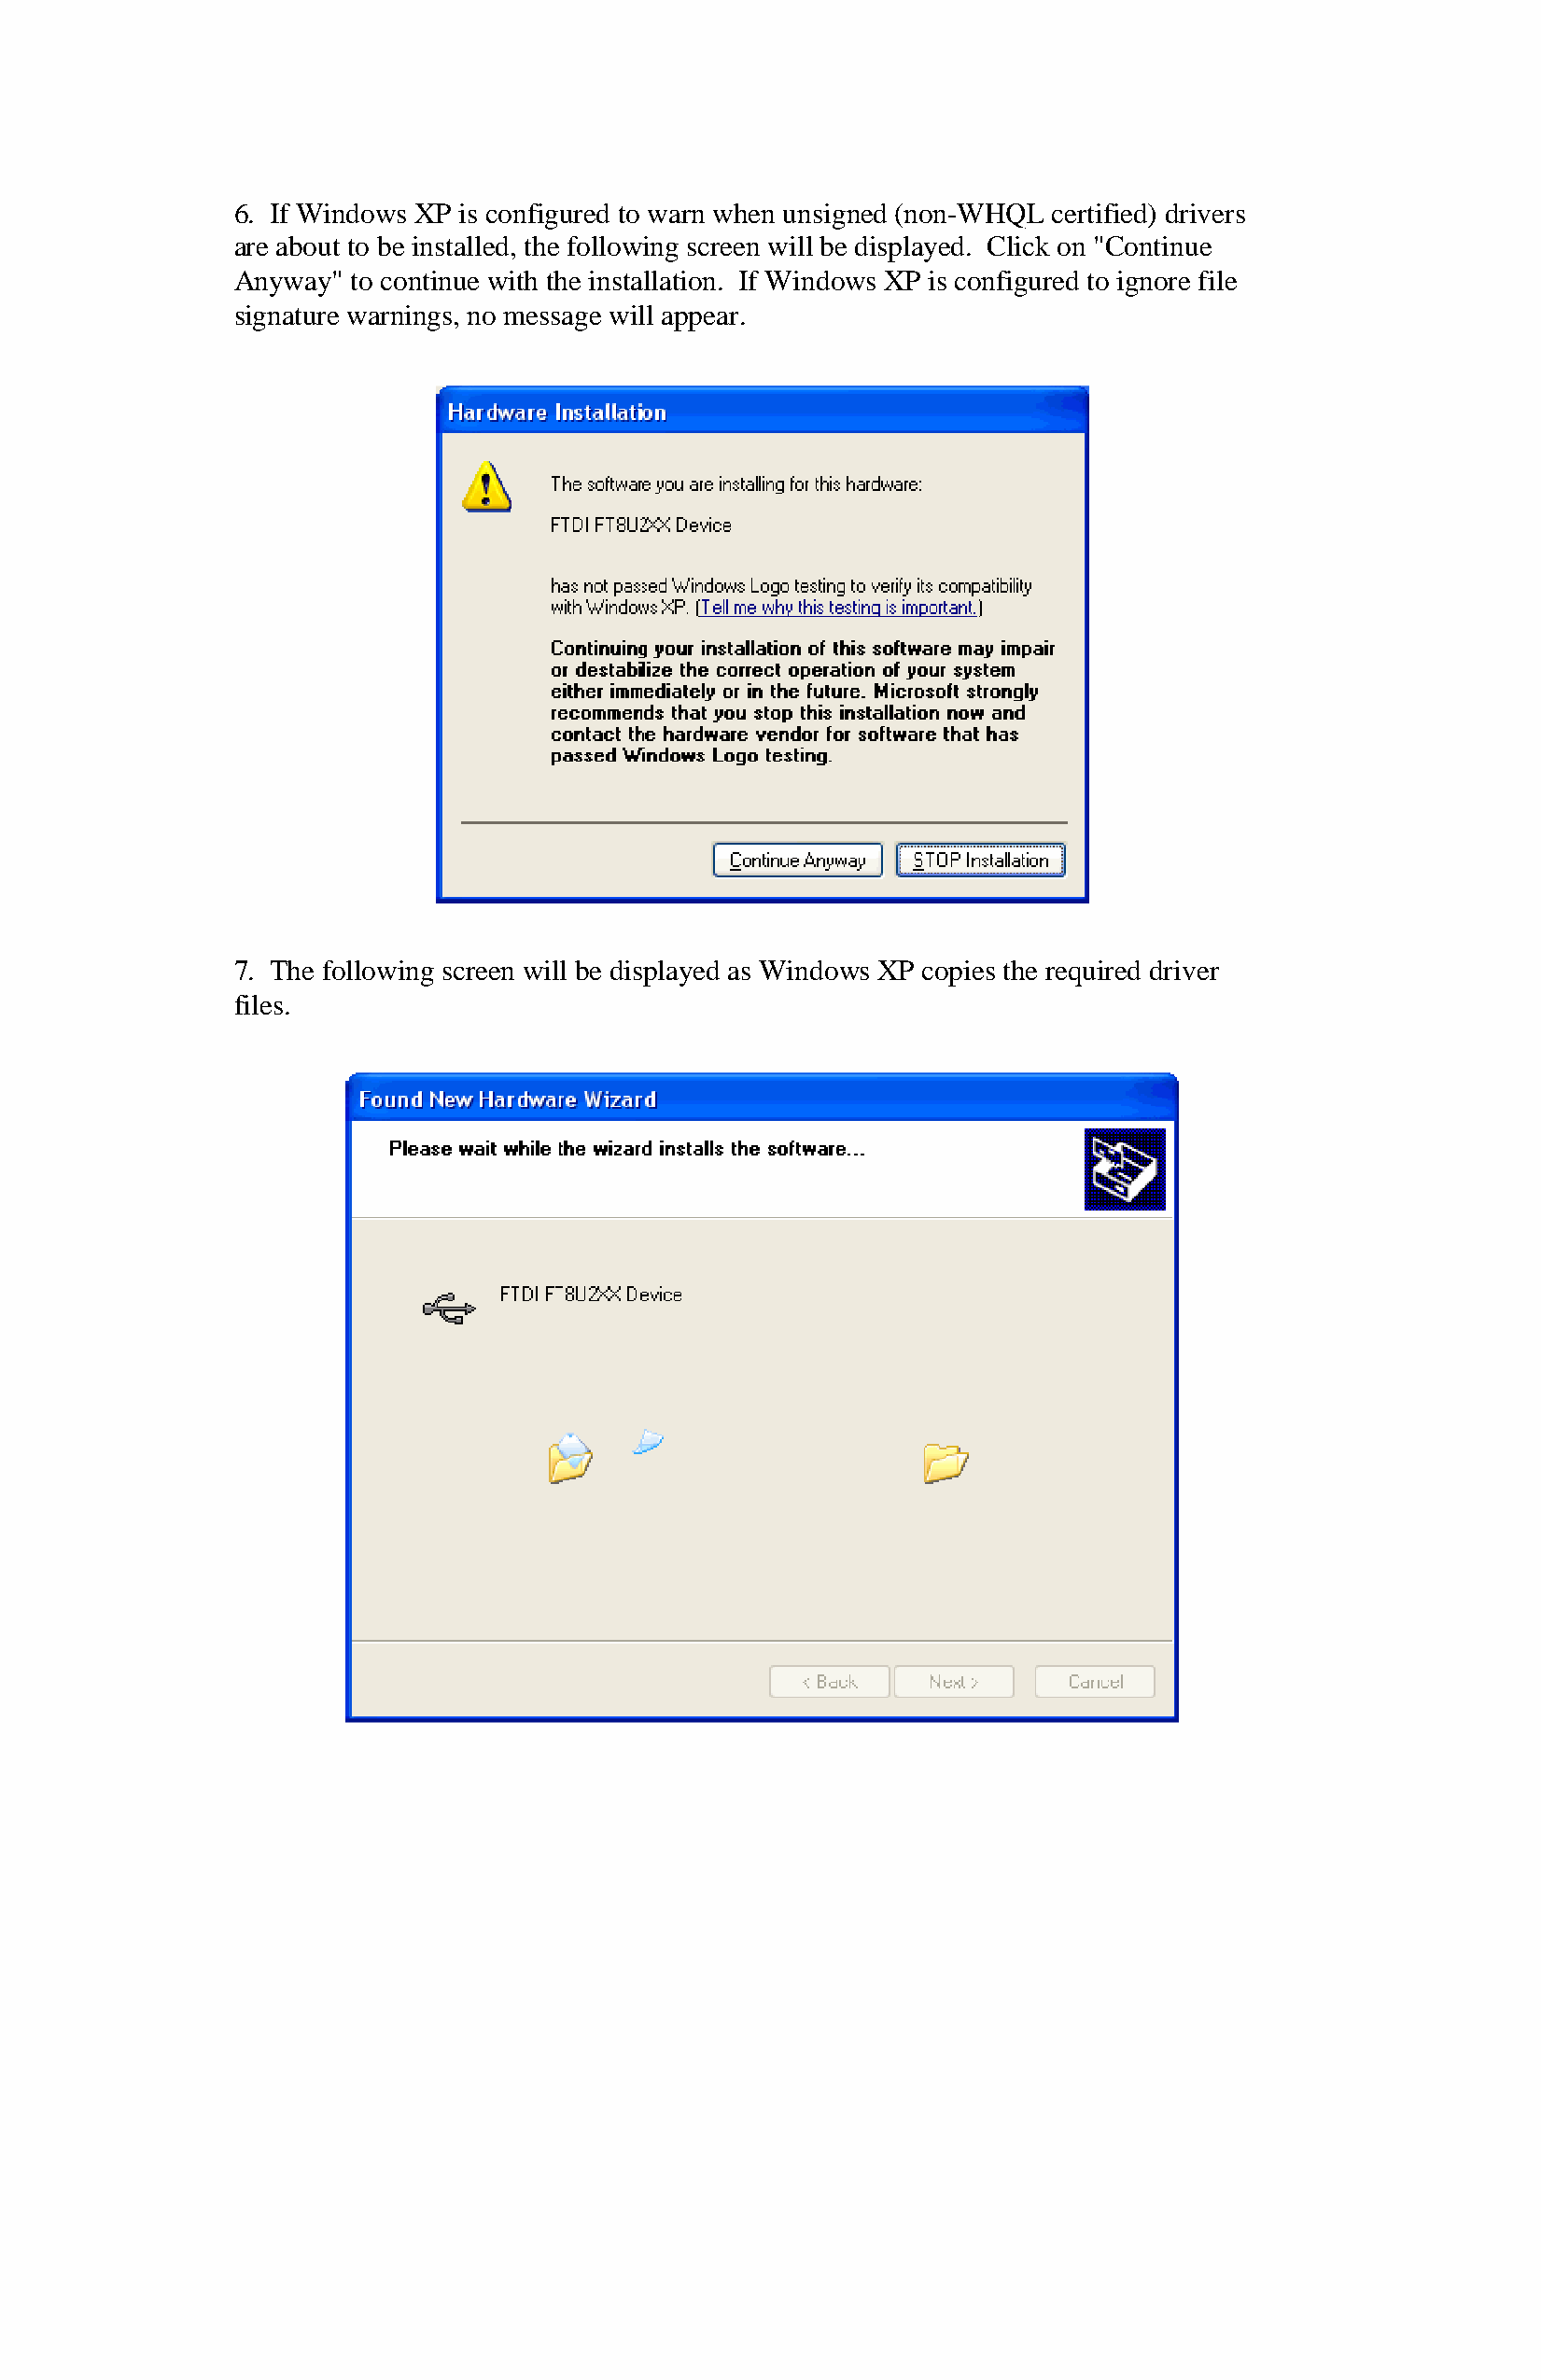
6. If Windows XP is configured to warn when unsigned (non-WHQL certified) drivers
 are about to be installed, the following screen will be displayed. Click on "Continue
 Anyway" to continue with the installation. If Windows XP is configured to ignore file
 signature warnings, no message will appear.
 7. The following screen will be displayed as Windows XP copies the required driver
 files.